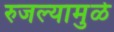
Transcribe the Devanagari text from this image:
रुजल्यामुळे